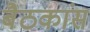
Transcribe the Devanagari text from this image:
बैठकांस